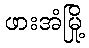
ဖားအံမြို့